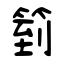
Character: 箌